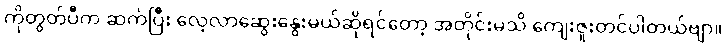
ကိုတွတ်ပီက ဆက်ပြီး လေ့လာဆွေးနွေးမယ်ဆိုရင်တော့ အတိုင်းမသိ ကျေးဇူးတင်ပါတယ်ဗျာ။